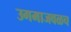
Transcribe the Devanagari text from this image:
उगमाजवळच